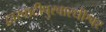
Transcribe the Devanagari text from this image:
द्वारवाटीपुरवारधीश्वर